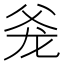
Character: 𰠋